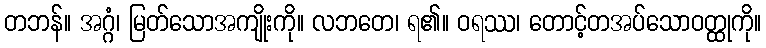
တဘန်။ အဂ္ဂံ၊ မြတ်သောအကျိုးကို။ လဘတေ၊ ရ၏။ ဝရဿ၊ တောင့်တအပ်သောဝတ္ထုကို။